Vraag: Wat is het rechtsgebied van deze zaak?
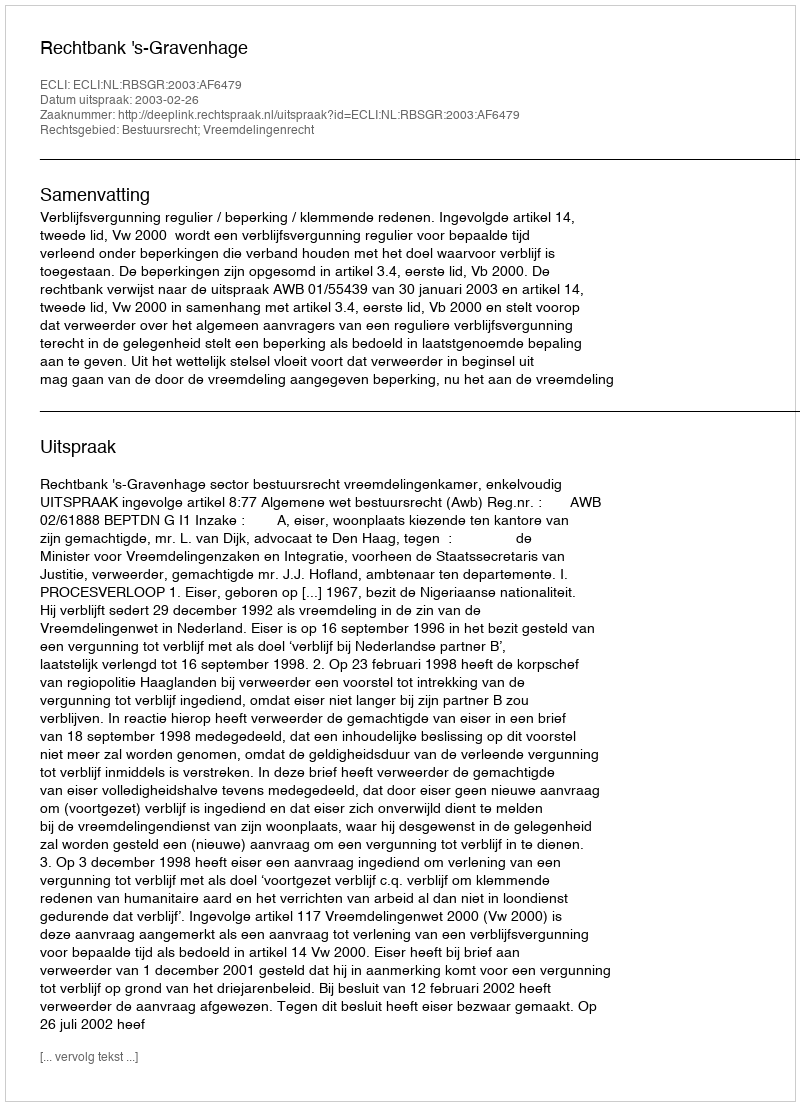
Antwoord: Bestuursrecht; Vreemdelingenrecht